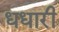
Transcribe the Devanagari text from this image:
धधारी